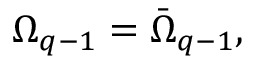
\Omega _ { q - 1 } = \bar { \Omega } _ { q - 1 } ,